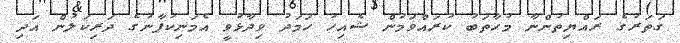
ގަތަރުގެ ރައްޔިތުންނާ މުހާތަބު ކުރައްވަމުން ޝެއިހު ހަމަދު ވިދާޅުވީ އެމަނިކުފާނުގެ ދަރިކަލުން އަދި